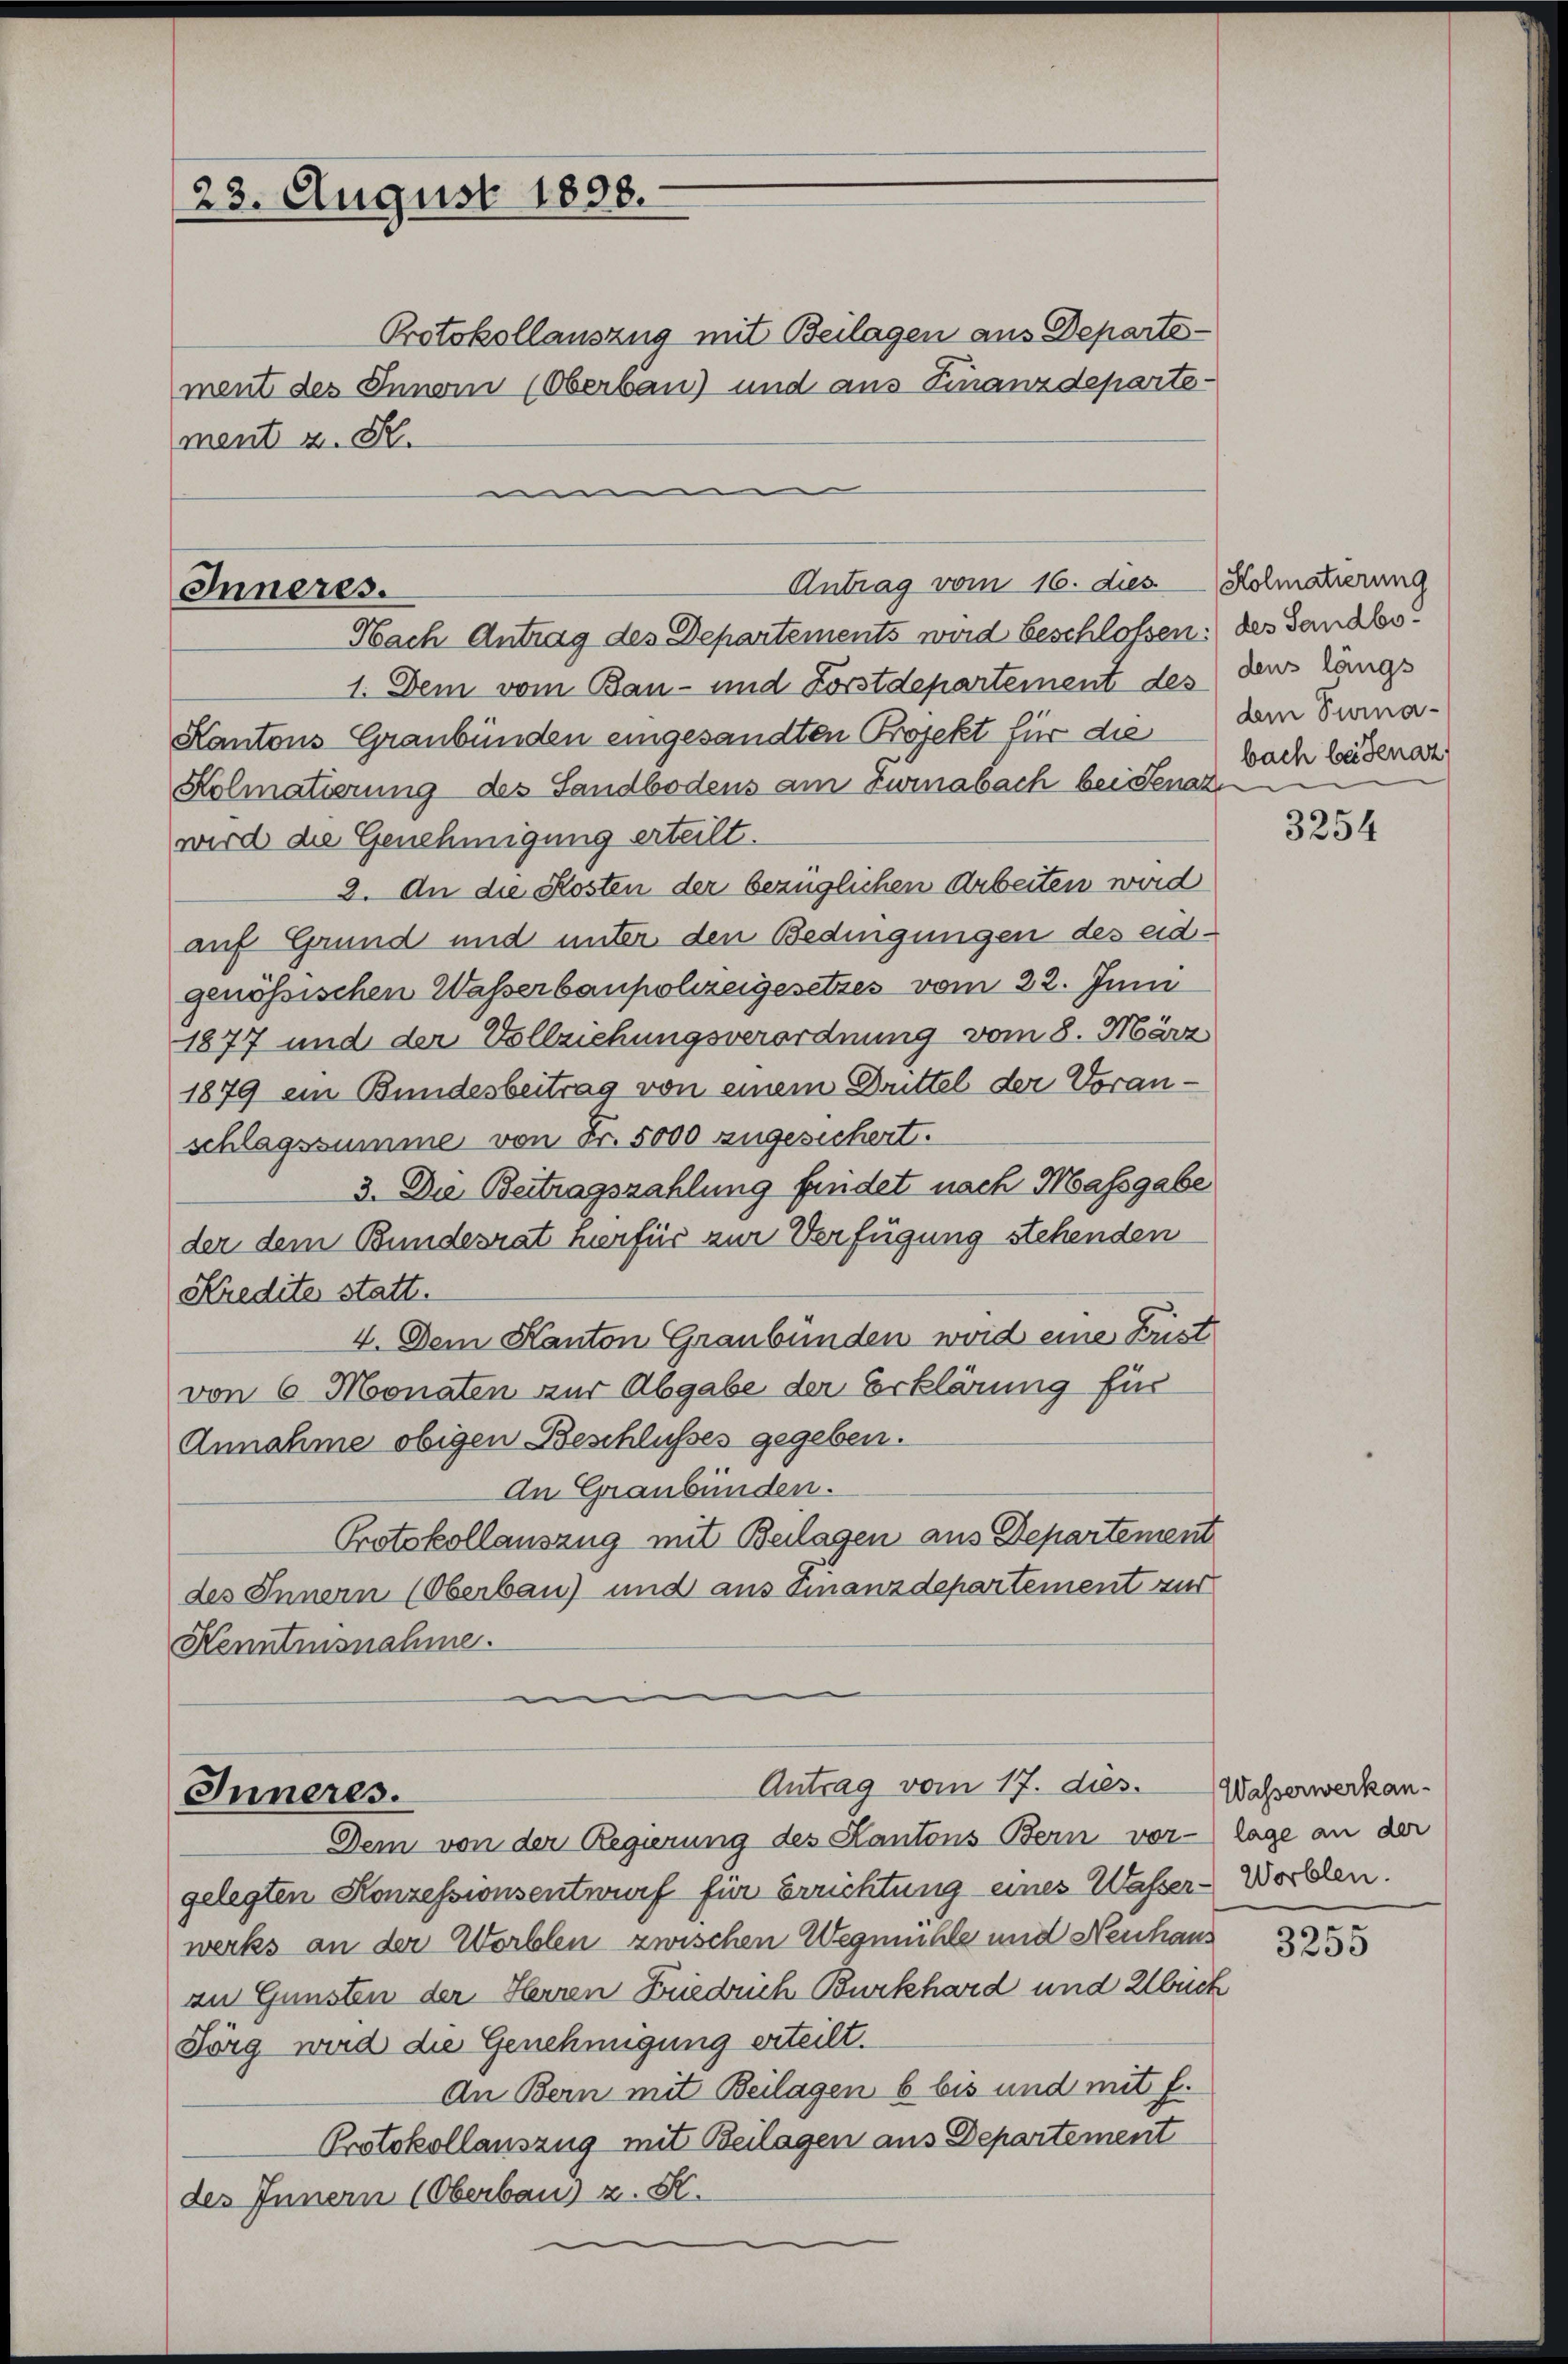
23. August 1898.

Antrag vom 16. dies Kolmatierung
Inneres.
Nach Antrag des Departements wird beschlossen: des Sandbo¬

Antrag vom 17. dies.
Inneres.
Dem von der Regierung des Kantons Bern vor- lage an der

Protokollauszug mit Beilagen aus Departe-
ment des Innomi (Oberbau) und aus Finanzdeparte-
ment u. S.

bach beidenaz

1. Dem vom Bau- und Förstdepartement des den längs
Kantons Graubünden eingesandten Projekt für die dem Tuma¬
Kolmatierung des Sandbodens am Zwinabach bei Senat
wird die Genehmigung erteilt.
2. An die Kosten der bezüglichen Arbeiten wird
auf Grund und unter den Bedingungen des eidgenössischen Wasserbaupolizeigesetzes vom 22. Juni
1877 und der Vollziehungsverordnung vom 8. März
1879 ein Bundesbeitrag von einem Drittel der Voranschlagssumme von Fr. 5000 zugesichert.
3. Die Beitragszahlung findet nach Massgabe
der dem Bundesrat hierfür zur Verfügung stehenden
Kredite statt.
4. Dem Kanton Graubünden word eine Frist
von 6 Monaten zur Abgabe der Erklärung für
Annahme obigen Beschlusses gegeben.
An Graubünden.
Protokollauszug mit Beilagen aus Departement
des Innern (Oberbau) und aus Finanzdepartement zur
Kenntnisnahme.

gelegten Konzessionsentwurf für Errichtung eines Wasser-Wortlen.
werks an der Worblen zwischen Wegmühle und Neuhaus
zu Gunsten der Herren Friedrich Burkhard und Abrich
Lörg wird die Genehmigung erteilt.
An Bern mit Beilagen b bis und mit f.
Protokollauszug mit Beilagen aus Departement
des Innern (Oberbau v. K.

3254

Wasserwerkan

3255